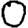
Digit: 0